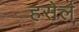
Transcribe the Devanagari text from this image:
हसेर्ल